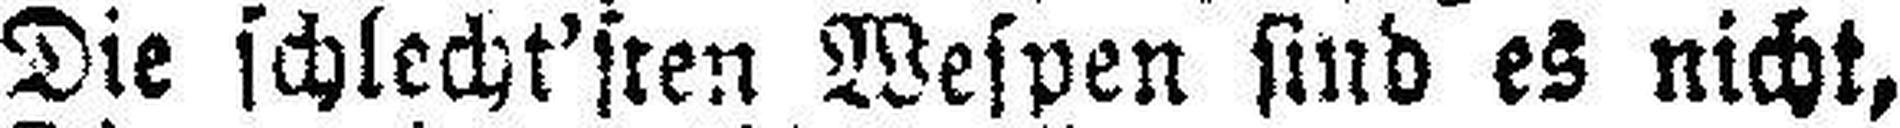
Die schlecht'sten Wespen sind es nicht,